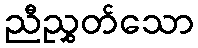
ညီညွှတ်သော